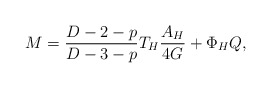
\begin{align*}M=\frac{D-2-p}{D-3-p}T_{H}\frac{A_{H}}{4G}+\Phi _{H}Q,\end{align*}